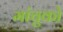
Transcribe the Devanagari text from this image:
मांचुको